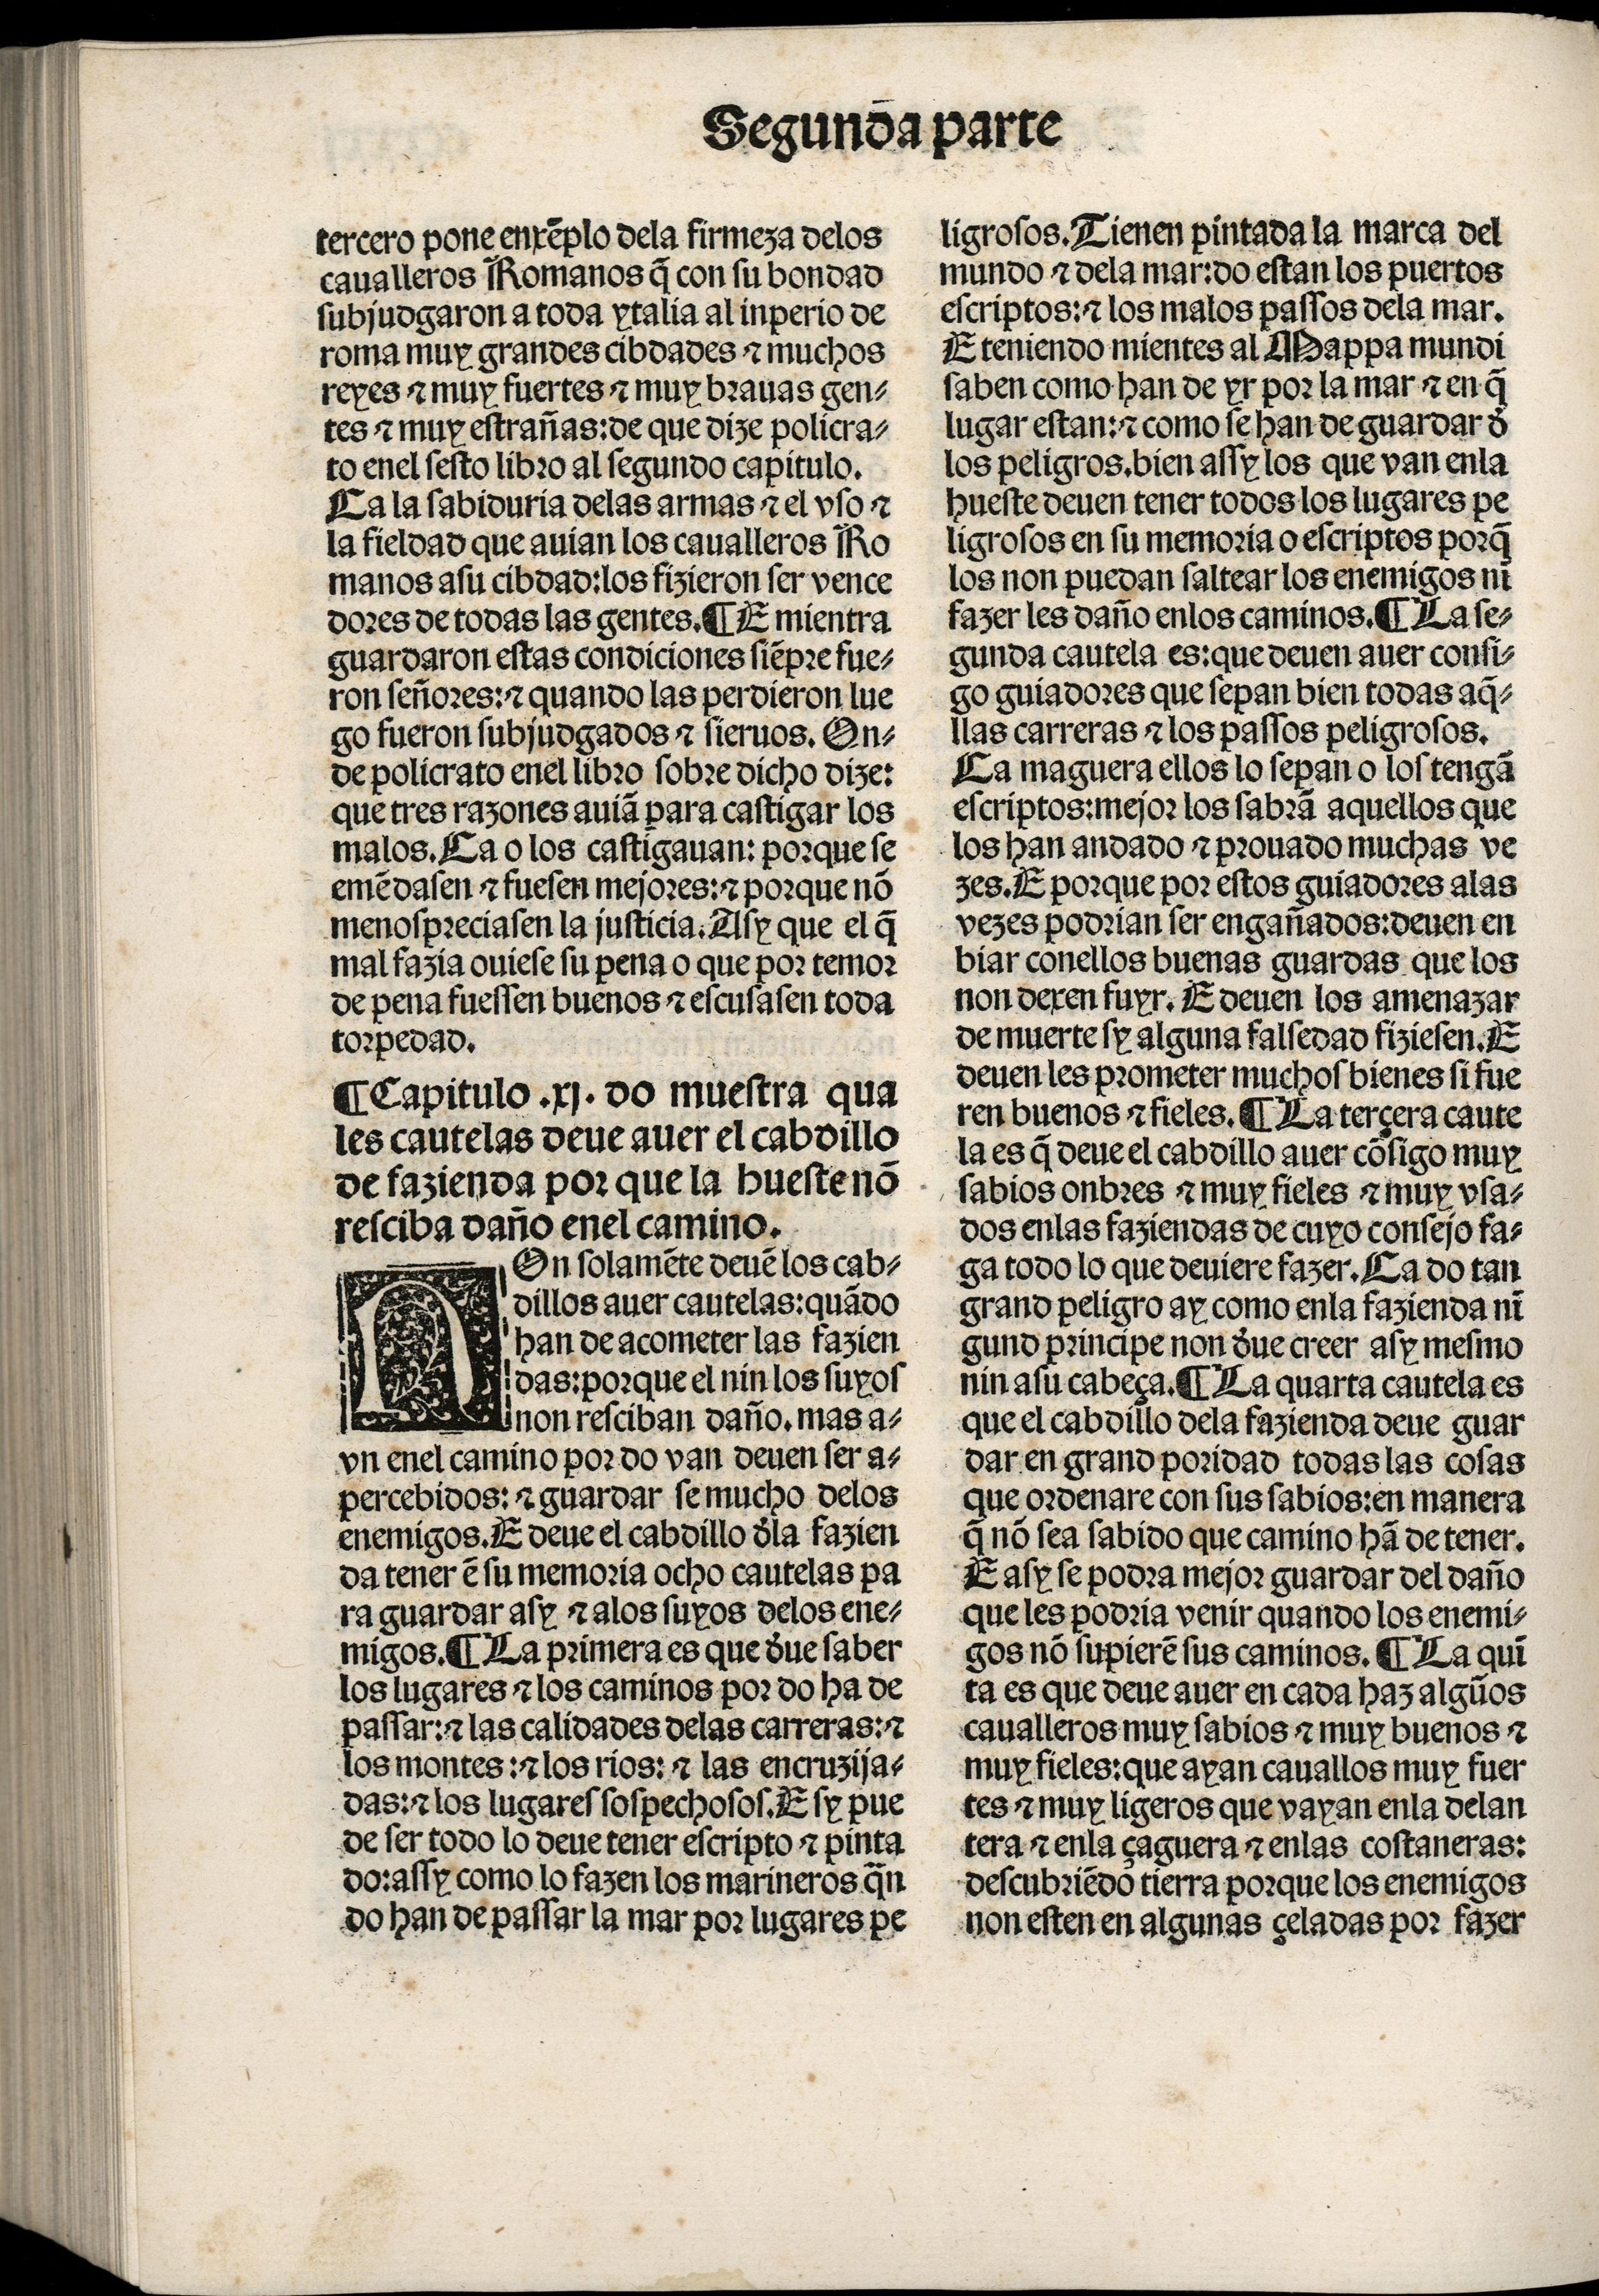
Shelfmark: Madrid, BNE, Inc. 901
Century: 15